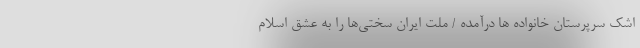
اشک سرپرستان خانواده ها درآمده / ملت ایران سختی‌ها را به عشق اسلام